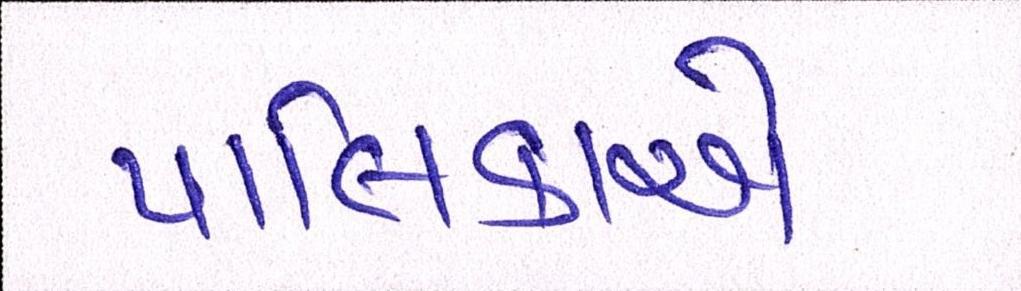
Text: પાલિકાએ